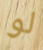
لو